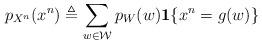
LaTeX: \begin{align*}p_{X^n}(x^n) \triangleq \sum_{w\in\mathcal{W}}p_{W}(w)\mathbf{1}\{x^n = g(w)\} \end{align*}